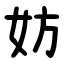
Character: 妨